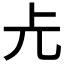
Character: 𠑷